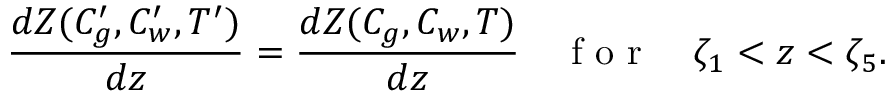
\frac { d Z ( C _ { g } ^ { \prime } , C _ { w } ^ { \prime } , T ^ { \prime } ) } { d z } = \frac { d Z ( C _ { g } , C _ { w } , T ) } { d z } \quad \mathrm { ~ f ~ o ~ r ~ } \quad \zeta _ { 1 } < z < \zeta _ { 5 } .